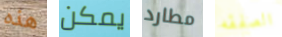
هذه يمكن مطارد الصفقه